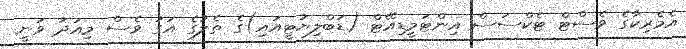
އެމެރިކާގެ ވެސްޓް ޓެކްސަސް އިންޓަމީޑިއޭޓް (ޑަބްލިޔުޓީއައި)ގެ ތެލުގެ އަގު ވެސް މިއަދު ވަނީ